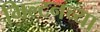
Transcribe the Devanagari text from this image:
मिल्टनच्या